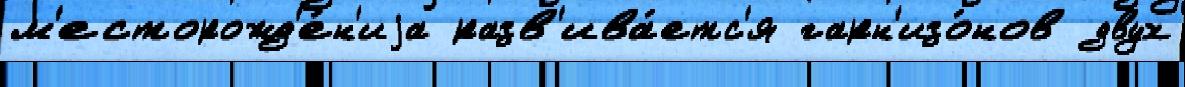
м'есторожд'е́н'иjа разв'ива́етс'я гарн'изо́нов двух